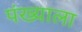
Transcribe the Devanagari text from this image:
पंख्याला